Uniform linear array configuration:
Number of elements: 4
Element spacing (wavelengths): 0.25
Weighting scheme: kaiser
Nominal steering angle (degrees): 30
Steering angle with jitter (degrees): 30.829
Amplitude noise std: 0.05
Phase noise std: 0.05

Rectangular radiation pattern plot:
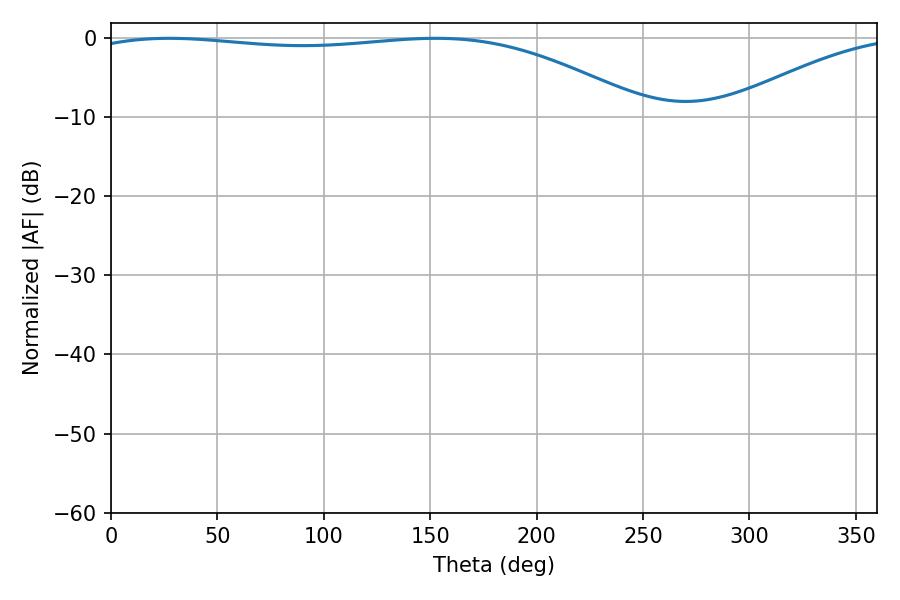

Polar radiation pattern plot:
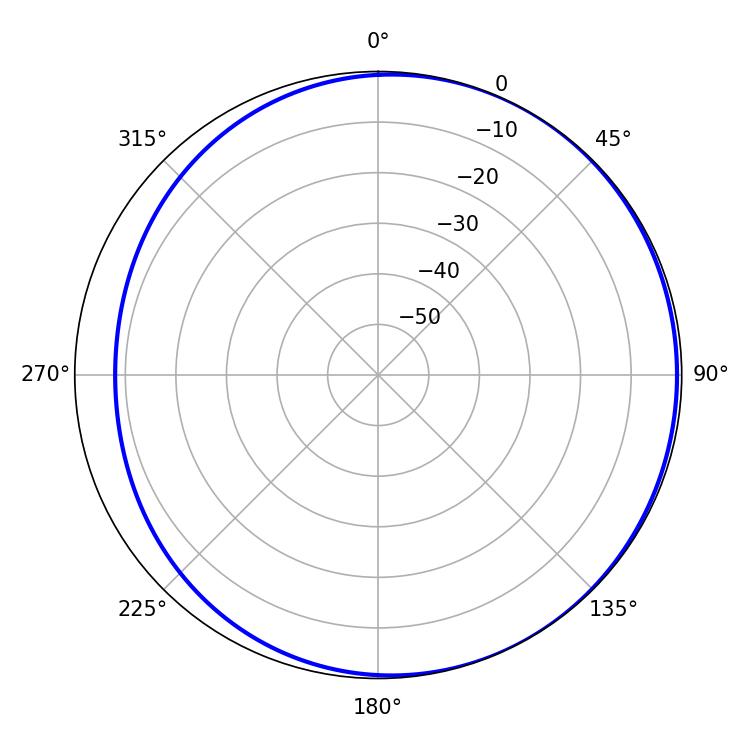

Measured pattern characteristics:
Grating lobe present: FALSE
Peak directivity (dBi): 2.247
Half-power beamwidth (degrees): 209.88
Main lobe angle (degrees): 27.36